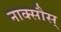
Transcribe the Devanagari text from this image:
नाक्सौस्